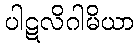
ပါဋလိဂါမိယာ